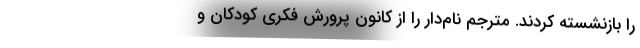
را بازنشسته کردند. مترجم نام‌دار را از کانون پرورش فکری کودکان و